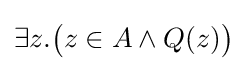
\exists z.{\big (}z\in A\land Q(z){\big )}